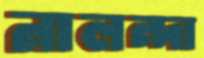
নালন্দা